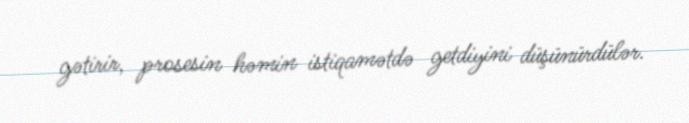
gətirir, prosesin həmin istiqamətdə getdiyini düşünürdülər.